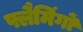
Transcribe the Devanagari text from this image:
फ्लैमिंगों